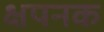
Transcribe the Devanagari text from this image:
क्षपनक